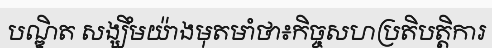
បណ្ឌិត សង្ឃឹមយ៉ាងមុតមាំថា៖កិច្ចសហប្រតិបត្តិការ